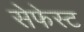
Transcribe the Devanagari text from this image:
सेफेस्ट